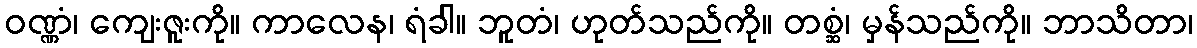
ဝဏ္ဏံ၊ ကျေးဇူးကို။ ကာလေန၊ ရံခါ။ ဘူတံ၊ ဟုတ်သည်ကို။ တစ္ဆံ၊ မှန်သည်ကို။ ဘာသိတာ၊